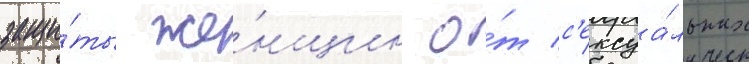
защи́ты же́нщин о́т с'ексуа́льных